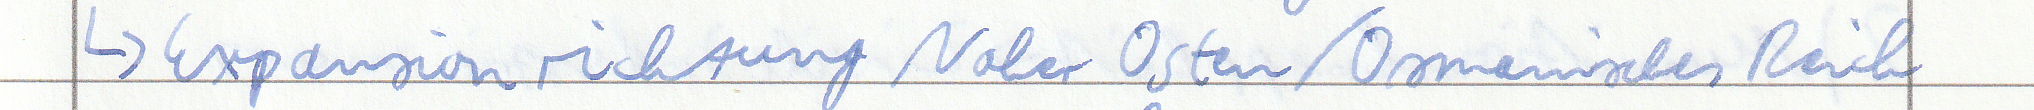
-> Expansion richtung Naher Osten / Osmanisches Reich